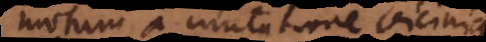
motum a mutatione vicinitatis.